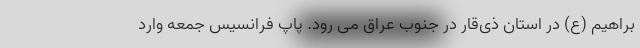
براهیم (ع) در استان ذی‌قار در جنوب عراق می رود. پاپ فرانسیس جمعه وارد